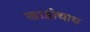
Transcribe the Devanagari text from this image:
खाडीचाच